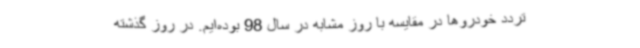
تردد خودروها در مقایسه با روز مشابه در سال 98 بوده‌ایم. در روز گذشته